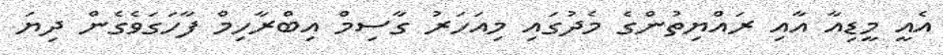
އެއީ މީޑިއާ އާއި ރައްޔިތުންގެ މެދުގައި މިއަހަރު ގާސިމް އިބްރާހިމް ފާހަގަވެގެން ދިޔަ